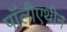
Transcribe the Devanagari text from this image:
पॉलीएथीन